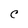
Character: C